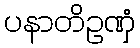
ပနာတိဥဏှံ